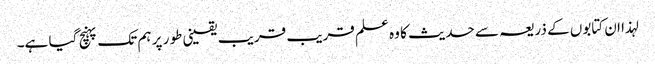
لہذا ان کتابوں کے ذریعہ سے حدیث کا وہ علم قریب قریب یقینی طو ر پر ہم تک پہنچ گیا ہے۔